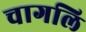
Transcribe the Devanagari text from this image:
चागलि